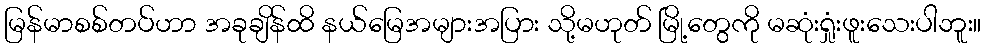
မြန်မာစစ်တပ်ဟာ အခုချိန်ထိ နယ်မြေအများအပြား သို့မဟုတ် မြို့တွေကို မဆုံးရှုံးဖူးသေးပါဘူး။